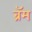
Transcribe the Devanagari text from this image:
ब्रॅम